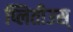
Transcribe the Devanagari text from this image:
प्लितीउस्